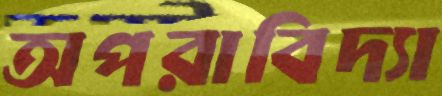
অপরাবিদ্যা